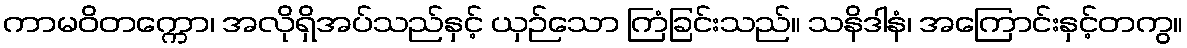
ကာမဝိတက္ကော၊ အလိုရှိအပ်သည်နှင့် ယှဉ်သော ကြံခြင်းသည်။ သနိဒါနံ၊ အကြောင်းနှင့်တကွ။